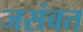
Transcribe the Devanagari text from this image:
जसंवत